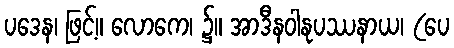
ပဒေန၊ ဖြင့်။ လောကေ၊ ၌။ အာဒီနဝါနုပဿနာယ၊ (ပေ